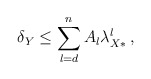
\begin{align*}\delta_Y& \leq \sum_{l=d}^n A_l \lambda_{X*}^l\,,\end{align*}